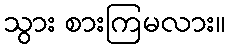
သွား စားကြမလား။